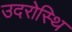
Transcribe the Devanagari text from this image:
उदरोस्थि